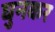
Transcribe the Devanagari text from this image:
घुनकर